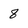
Character: 8